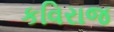
કવિરાજ